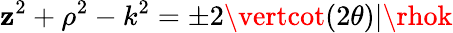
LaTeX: \mathbf{z}^{2}+\rho^{2}-k^{2}=\pm2\vertcot(2\theta)\vert\rhok